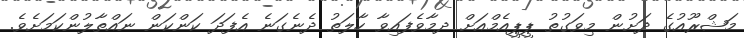
މަޝްރޫއުގެ ދަށުން މިވަގުތު ޕީޕީއެމްއަށް ދމާވެފައިވާ ހާލަތު ދެނެގަނެ އެފަދަ ކަންކަން ނައްތާލުންކަމަށެވެ.